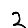
Digit: 2